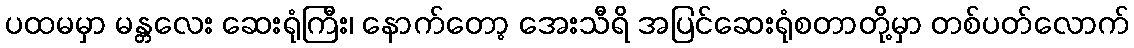
ပထမမှာ မန္တလေး ဆေးရုံကြီး၊ နောက်တော့ အေးသီရိ အပြင်ဆေးရုံစတာတို့မှာ တစ်ပတ်လောက်